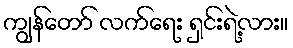
ကျွန်တော် လက်ရေး ရှင်းရဲ့လား။